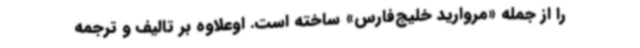
را از جمله «مروارید خلیج‌فارس» ساخته است. اوعلاوه بر تالیف و ترجمه